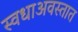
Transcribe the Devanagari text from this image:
स्वधाअवस्तात